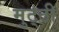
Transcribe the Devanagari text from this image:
मुट्‌ठी